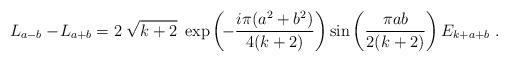
LaTeX: \begin{align*}\begin{array}{ccl}L_{a-b}-\!L_{a+b} = \displaystyle 2\;\sqrt{k+2}\;\exp\left(\!-\frac{i\pi(a^2+b^2)}{4(k+2)}\right) \sin\left(\frac{\pi ab}{2(k+2)}\right)E_{k+a+b}\ .\end{array}\end{align*}